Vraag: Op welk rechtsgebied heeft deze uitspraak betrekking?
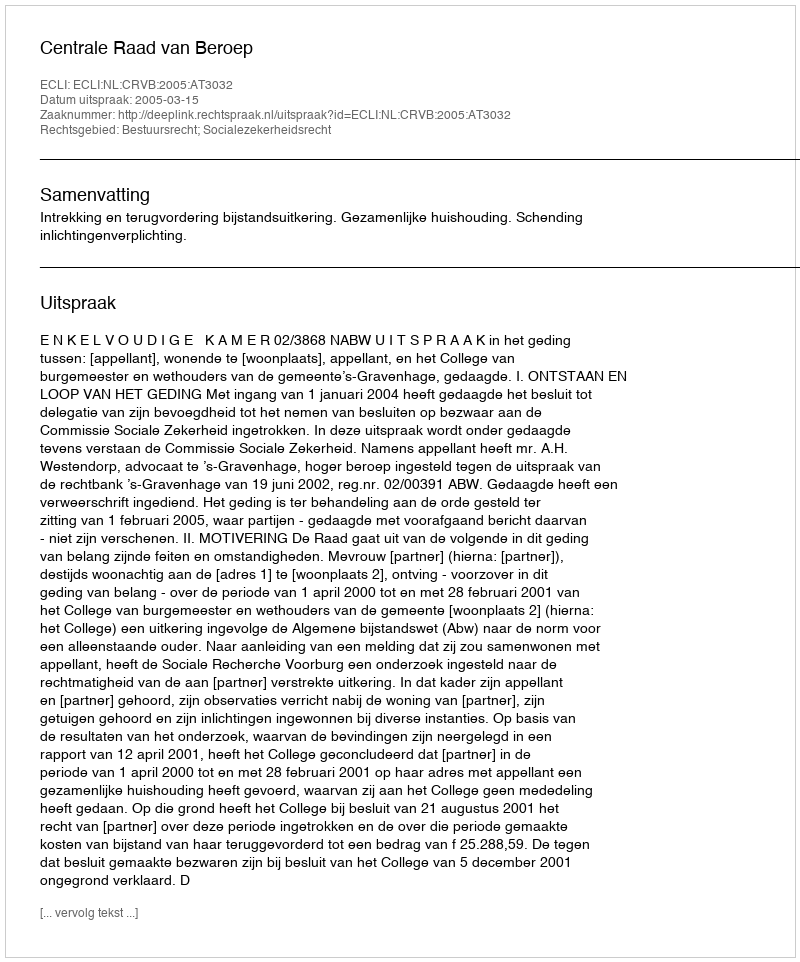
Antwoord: Bestuursrecht; Socialezekerheidsrecht